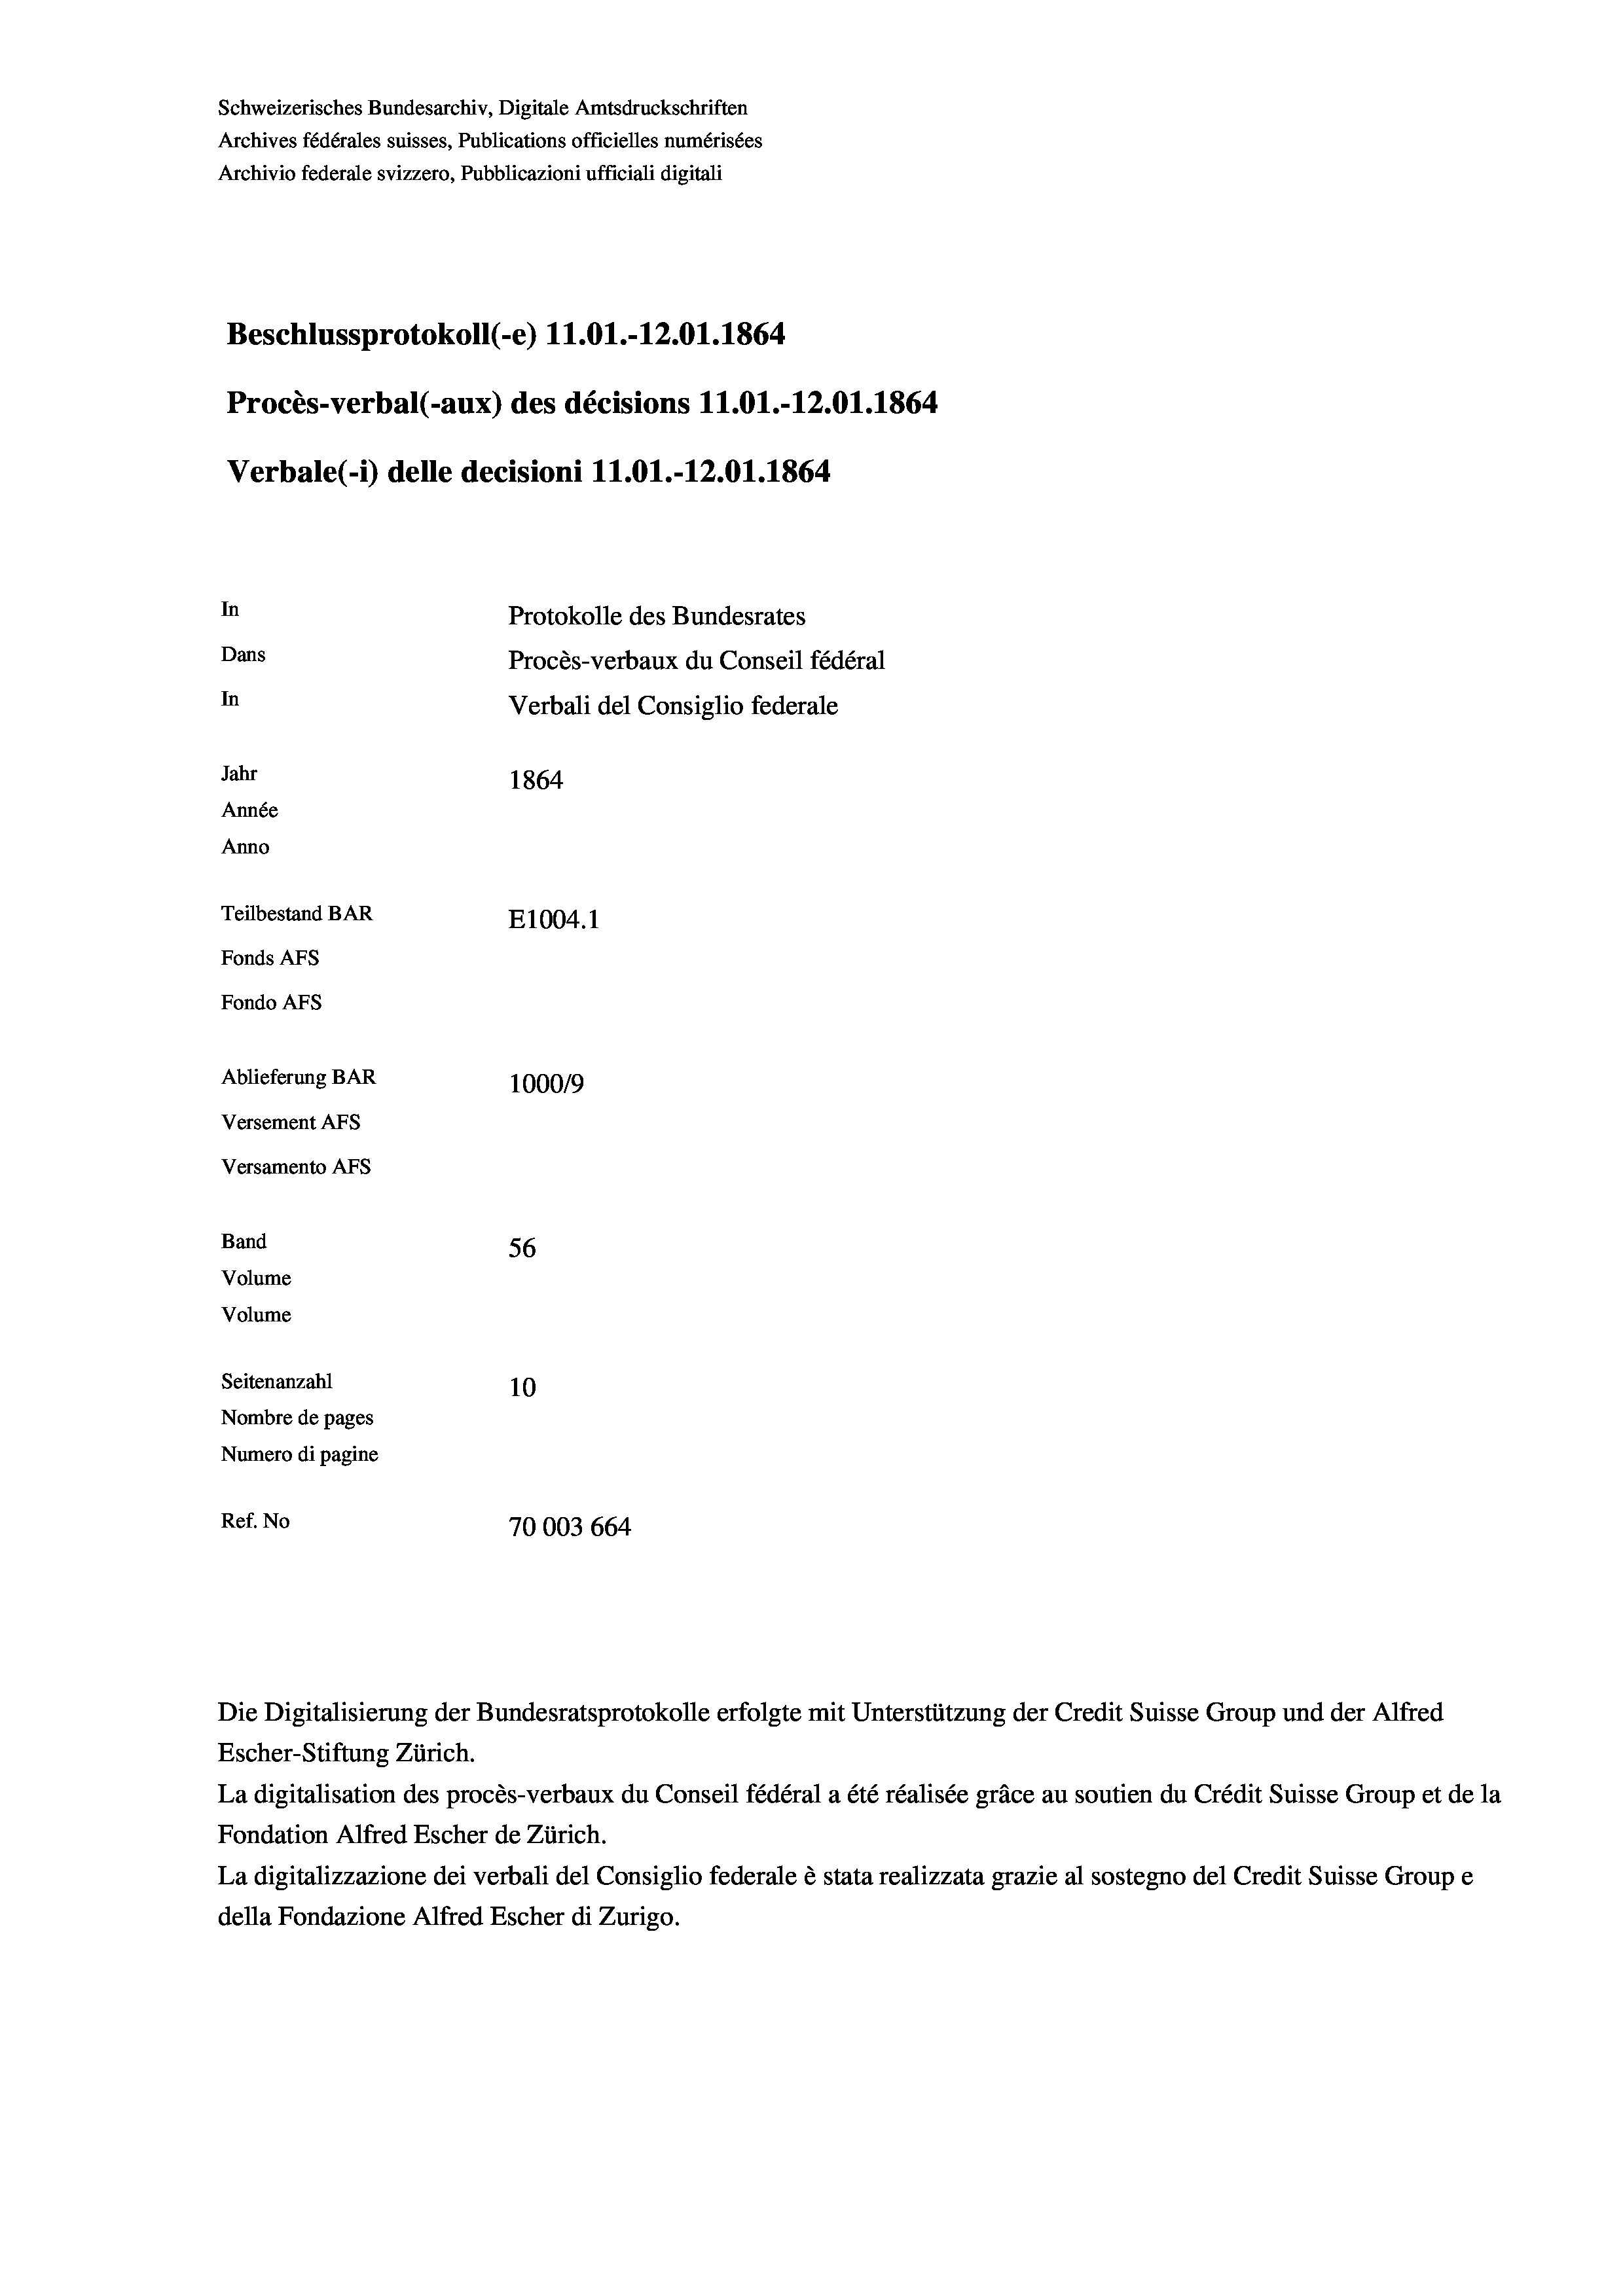
Schweizerisches Bundesarchiv, Digitale Amtsdruckschriften
Archives fédérales suisses, Publications officielles numérisées
Archivio federale svizzero, Pubblicazioni ufficiali digitali
Beschlussprotokoll (-e) 11.01.-12.01. 1864
Procès-verbal (-aux) des décisions 11.01.-12.01. 1864
Verbale (i) delle decisioni 11.01.-12.01. 1864
In
Protokolle des Bundesrates
Dans
Procès-verbaux du Conseil fédéral
In
Verbali del Consiglio federale
Jahr
1864
Année
Anno
Teilbestand BAR
E1004.1
Fonds AFs
Fondo AFS
Ablieferung BAR
100019
Versement AFs
Versamento AFS
Band
56
Volume
Volume
Seitenanzahl
10

Nombre de pages
Numero di pagine
Ref. No
70003 664

La digitalisation des procès-verbaux du Conseil fédéral a été réalisée gräce au soutien du Crédit Suisse Group et de la
Fondation Alfred Escher de Zürich.
La digitalizzazione dei verbali del Consiglio federale è stata realizzata grazie al sostegno del Credit Suisse Groupe
della Fondazione Alfred Escher di Zurigo.

Die Digitalisierung der Bundesratsprotokolle erfolgte mit Unterstützung der Credit Suisse Group und der Alfred
Escher-Stiftung Zürich.